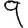
Digit: 9